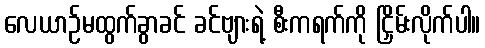
လေယာဉ်မထွက်ခွာခင် ခင်ဗျားရဲ့ စီးကရက်ကို ငြှိမ်းလိုက်ပါ။